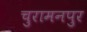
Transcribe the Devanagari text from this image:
चुरामनपुर